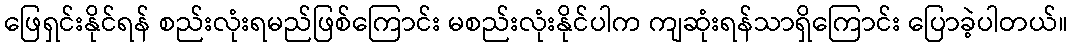
ဖြေရှင်းနိုင်ရန် စည်းလုံးရမည်ဖြစ်ကြောင်း မစည်းလုံးနိုင်ပါက ကျဆုံးရန်သာရှိကြောင်း ပြောခဲ့ပါတယ်။